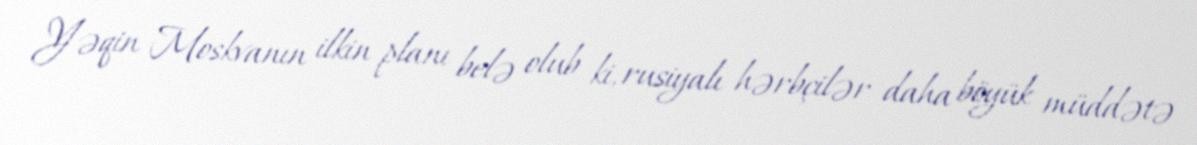
Yəqin Moskvanın ilkin planı belə olub ki, rusiyalı hərbçilər daha böyük müddətə